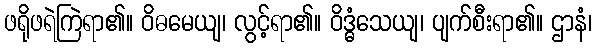
ဖရိုဖရဲကြဲရာ၏။ ဝိဓမေယျ၊ လွင့်ရာ၏။ ဝိဒ္ဓံသေယျ၊ ပျက်စီးရာ၏။ ဌာနံ၊